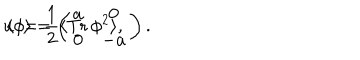
u : = \frac { 1 } { 2 } \langle \mathrm { T r } \, \phi ^ { 2 } \rangle , \hspace { 0 . 4 i n } \langle \phi \rangle = \left( \begin{array} { c c } { { a } } & { { 0 } } \\ { { 0 } } & { { - a } } \\ \end{array} \right) .